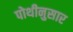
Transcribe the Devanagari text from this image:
पोथीनुसार